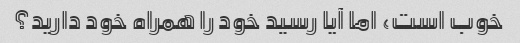
خوب است، اما آیا رسید خود را همراه خود دارید؟